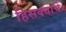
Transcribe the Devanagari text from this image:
हिसक्याचे